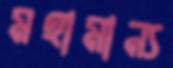
মহামান্য